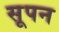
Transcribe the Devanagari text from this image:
सूपन